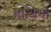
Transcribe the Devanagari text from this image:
हाथियो